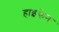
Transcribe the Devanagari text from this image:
हाइफे़न